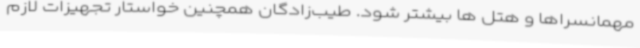
مهمانسراها و هتل ها بیشتر شود. طیب‌زادگان همچنین خواستار تجهیزات لازم